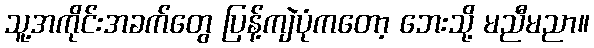
သူ့အကိုင်းအခက်တွေ ပြန့်ကျဲပုံကတော့ ဘေးသို့ မညီမညာ။